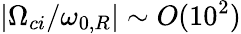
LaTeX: \lvert\Omega_{ci}/\omega_{0,R}\rvert\sim O(10^{2})